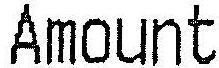
AMOUNT